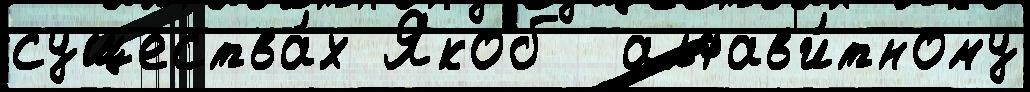
существа́х Якоб  алфав'и́тному